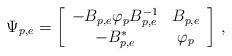
LaTeX: \begin{align*}\Psi_{p,e}=\left[\begin{array}{cc}-B_{p,e}\varphi_pB_{p,e}^{-1}&B_{p,e}\\-B_{p,e}^*&\varphi_p\end{array}\right]\,,\end{align*}